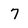
Character: 7